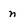
Character: n